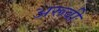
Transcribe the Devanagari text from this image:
अरूवी